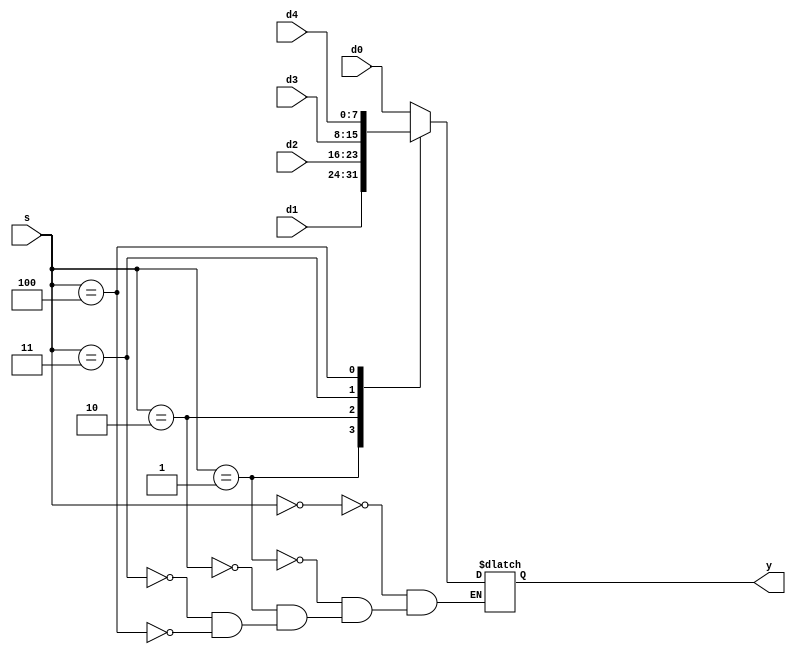
`timescale 1ns / 1ps
//////////////////////////////////////////////////////////////////////////////////
// Company: 
// Engineer: 
// 
// Design Name: 
// Module Name: mux5
// Project Name: 
// Target Devices: 
// Tool Versions: 
// Description: 
// 
// Dependencies: 
// 
// Revision:
// Revision 0.01 - File Created
// Additional Comments:
// 
//////////////////////////////////////////////////////////////////////////////////


module mux5 #(parameter WIDTH = 8) (d0, d1, d2, d3, d4, s, y);
  input [WIDTH-1:0] d0, d1, d2, d3, d4;
  input [2:0] s;
  output reg [WIDTH-1:0] y;

  always @(*)
    case(s)
      3'b000: y <= d0;
      3'b001: y <= d1;
      3'b010: y <= d2;
      3'b011: y <= d3;
      3'b100: y <= d4;
    endcase
endmodule